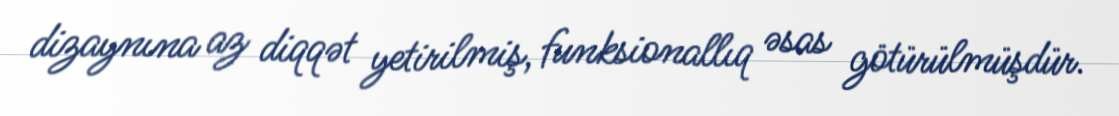
dizaynına az diqqət yetirilmiş, funksionallıq əsas götürülmüşdür.